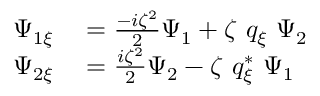
\begin{array} { r l } { \Psi _ { 1 \xi } } & { { } = \frac { - i \zeta ^ { 2 } } { 2 } \Psi _ { 1 } + \zeta \ q _ { \xi } \ \Psi _ { 2 } } \\ { \Psi _ { 2 \xi } } & { { } = \frac { i \zeta ^ { 2 } } { 2 } \Psi _ { 2 } - \zeta \ q _ { \xi } ^ { * } \ \Psi _ { 1 } } \end{array}